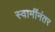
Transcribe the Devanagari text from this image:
स्वामींनंतर